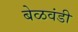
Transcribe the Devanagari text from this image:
बेळवंडी